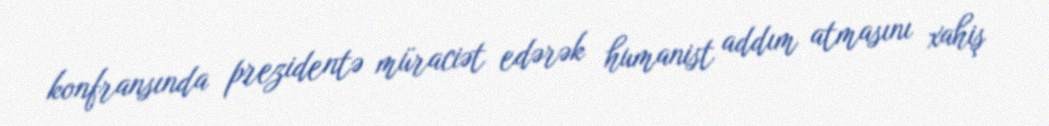
konfransında prezidentə müraciət edərək humanist addım atmasını xahiş